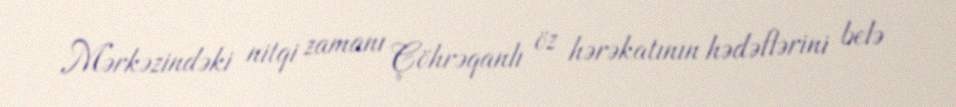
Mərkəzindəki nitqi zamanı Çöhrəqanlı öz hərəkatının hədəflərini belə